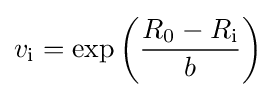
v_{\text{i}}=\exp \left({\frac {R_{0}-R_{\text{i}}}{b}}\right)